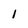
Character: l